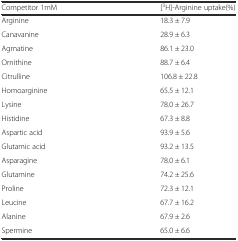
<table><thead><tr><td><b>Competitor 1mM</b></td><td><b>[<sup>3</sup>H]-Arginine uptake(%)</b></td></tr></thead><tbody><tr><td>Arginine</td><td>18.3 ± 7.9</td></tr><tr><td>Canavanine</td><td>28.9 ± 6.3</td></tr><tr><td>Agmatine</td><td>86.1 ± 23.0</td></tr><tr><td>Ornithine</td><td>88.7 ± 6.4</td></tr><tr><td>Citrulline</td><td>106.8 ± 22.8</td></tr><tr><td>Homoarginine</td><td>65.5 ± 12.1</td></tr><tr><td>Lysine</td><td>78.0 ± 26.7</td></tr><tr><td>Histidine</td><td>67.3 ± 8.8</td></tr><tr><td>Aspartic acid</td><td>93.9 ± 5.6</td></tr><tr><td>Glutamic acid</td><td>93.2 ± 13.5</td></tr><tr><td>Asparagine</td><td>78.0 ± 6.1</td></tr><tr><td>Glutamine</td><td>74.2 ± 25.6</td></tr><tr><td>Proline</td><td>72.3 ± 12.1</td></tr><tr><td>Leucine</td><td>67.7 ± 16.2</td></tr><tr><td>Alanine</td><td>67.9 ± 2.6</td></tr><tr><td>Spermine</td><td>65.0 ± 6.6</td></tr></tbody></table>